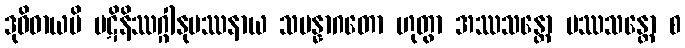
ဒုဝိဓာယပိ ပဋိနိဿဂ္ဂါနုပဿနာယ သမန္နာဂတော ဟုတွာ အဿသန္တော ပဿသန္တော စ